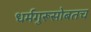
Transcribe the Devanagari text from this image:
धर्मगुरूसोबतच